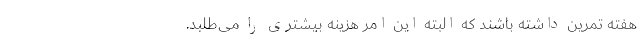
هفته تمرین داشته باشند که البته این امر هزینه بیشتری را می‌طلبد.